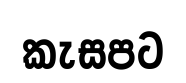
කැසපට